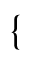
\small \left\{ \begin{array} { r l } \end{array} \right.